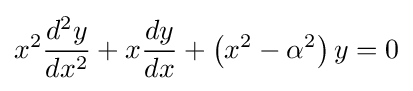
x^{2}{\frac {d^{2}y}{dx^{2}}}+x{\frac {dy}{dx}}+\left(x^{2}-\alpha ^{2}\right)y=0